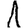
Digit: 1